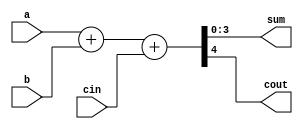
`timescale 1ns / 1ns

module Sum_com4(

input [3:0]a,
input [3:0]b,
input cin,
output [3:0]sum,
output cout);

assign {cout, sum}= a + b + cin;

endmodule